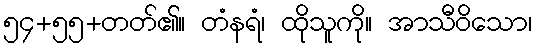
၅၄+၅၅+တတ်၏။ တံနရံ၊ ထိုသူကို။ အာသီဝိသော၊